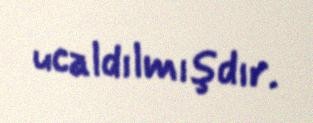
ucaldılmışdır.